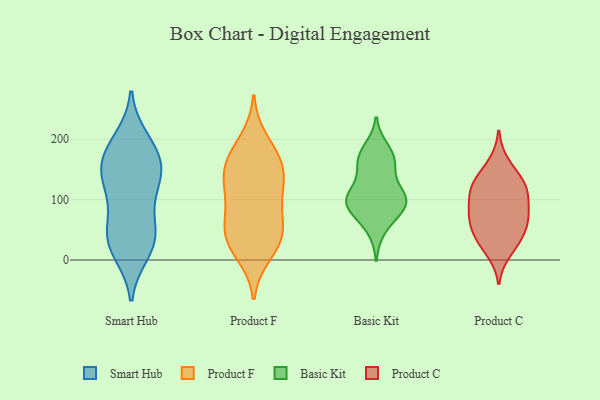
{"axis": {"x": "Budget (USD K)", "y": "Value"}, "legend": ["Basic Kit", "Product C", "Product F", "Smart Hub"], "data": [{"x": "", "y": 136, "type": "Smart Hub"}, {"x": "", "y": 22, "type": "Smart Hub"}, {"x": "", "y": 173, "type": "Smart Hub"}, {"x": "", "y": 199, "type": "Smart Hub"}, {"x": "", "y": 119, "type": "Smart Hub"}, {"x": "", "y": 187, "type": "Smart Hub"}, {"x": "", "y": 149, "type": "Smart Hub"}, {"x": "", "y": 64, "type": "Smart Hub"}, {"x": "", "y": 144, "type": "Smart Hub"}, {"x": "", "y": 47, "type": "Smart Hub"}, {"x": "", "y": 13, "type": "Smart Hub"}, {"x": "", "y": 43, "type": "Smart Hub"}, {"x": "", "y": 115, "type": "Smart Hub"}, {"x": "", "y": 30, "type": "Smart Hub"}, {"x": "", "y": 170, "type": "Smart Hub"}, {"x": "", "y": 198, "type": "Product F"}, {"x": "", "y": 145, "type": "Product F"}, {"x": "", "y": 55, "type": "Product F"}, {"x": "", "y": 33, "type": "Product F"}, {"x": "", "y": 154, "type": "Product F"}, {"x": "", "y": 100, "type": "Product F"}, {"x": "", "y": 115, "type": "Product F"}, {"x": "", "y": 52, "type": "Product F"}, {"x": "", "y": 27, "type": "Product F"}, {"x": "", "y": 166, "type": "Product F"}, {"x": "", "y": 136, "type": "Product F"}, {"x": "", "y": 94, "type": "Product F"}, {"x": "", "y": 171, "type": "Product F"}, {"x": "", "y": 44, "type": "Product F"}, {"x": "", "y": 10, "type": "Product F"}, {"x": "", "y": 168, "type": "Basic Kit"}, {"x": "", "y": 95, "type": "Basic Kit"}, {"x": "", "y": 50, "type": "Basic Kit"}, {"x": "", "y": 105, "type": "Basic Kit"}, {"x": "", "y": 99, "type": "Basic Kit"}, {"x": "", "y": 144, "type": "Basic Kit"}, {"x": "", "y": 113, "type": "Basic Kit"}, {"x": "", "y": 88, "type": "Basic Kit"}, {"x": "", "y": 88, "type": "Basic Kit"}, {"x": "", "y": 185, "type": "Basic Kit"}, {"x": "", "y": 162, "type": "Basic Kit"}, {"x": "", "y": 105, "type": "Basic Kit"}, {"x": "", "y": 169, "type": "Basic Kit"}, {"x": "", "y": 75, "type": "Basic Kit"}, {"x": "", "y": 67, "type": "Product C"}, {"x": "", "y": 136, "type": "Product C"}, {"x": "", "y": 92, "type": "Product C"}, {"x": "", "y": 125, "type": "Product C"}, {"x": "", "y": 115, "type": "Product C"}, {"x": "", "y": 36, "type": "Product C"}, {"x": "", "y": 113, "type": "Product C"}, {"x": "", "y": 161, "type": "Product C"}, {"x": "", "y": 80, "type": "Product C"}, {"x": "", "y": 45, "type": "Product C"}, {"x": "", "y": 123, "type": "Product C"}, {"x": "", "y": 66, "type": "Product C"}, {"x": "", "y": 30, "type": "Product C"}, {"x": "", "y": 14, "type": "Product C"}, {"x": "", "y": 73, "type": "Product C"}]}